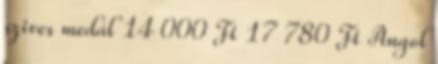
szives medál 14 000 Ft 17 780 Ft Angol